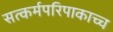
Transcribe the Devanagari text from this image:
सत्कर्मपरिपाकाच्च